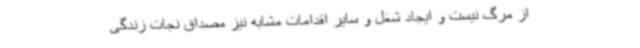
از مرگ نیست و ایجاد شغل و سایر اقدامات مشابه نیز مصداق نجات زندگی